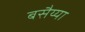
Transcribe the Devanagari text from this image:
बसैय्या